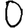
Digit: 0